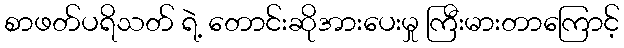
စာဖတ်ပရိသတ် ရဲ့ တောင်းဆိုအားပေးမှု ကြီးမားတာကြောင့်